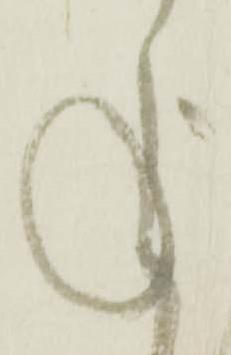
承